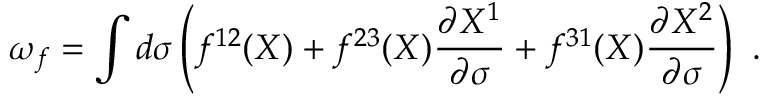
\omega _ { f } = \int d \sigma \left( f ^ { 1 2 } ( X ) + f ^ { 2 3 } ( X ) \frac { \partial X ^ { 1 } } { \partial \sigma } + f ^ { 3 1 } ( X ) \frac { \partial X ^ { 2 } } { \partial \sigma } \right) \, \, .